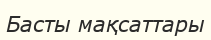
Басты мақсаттары